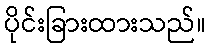
ပိုင်းခြားထားသည်။